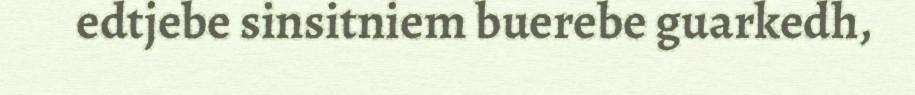
edtjebe sinsitniem buerebe guarkedh,